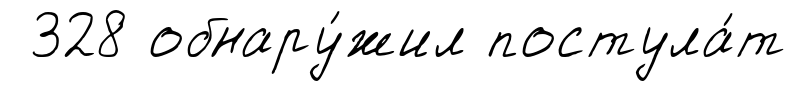
328 обнару́жил постула́т